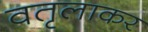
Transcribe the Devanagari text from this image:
वतृलाकर